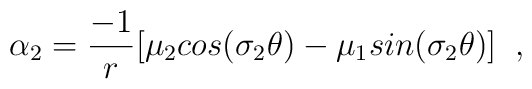
\alpha_{2}=\frac{-1}{r}[\mu_{2}cos(\sigma_{2}\theta)                                   -\mu_{1}sin(\sigma_{2}\theta)] \;\;,